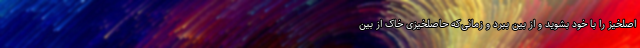
اصلخیز را با خود بشوید و از بین ببرد و زمانی‌که حاصلخیزی خاک از بین